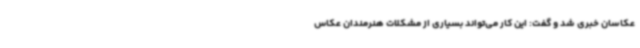
عکاسان خبری شد و گفت: این کار می‌تواند بسیاری از مشکلات هنرمندان عکاس